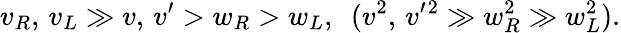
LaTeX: v_{R},\, v_{L}\gg v,\, v^{\prime}>w_{R}>w_{L},\ \ (v^{2},\, v^{\prime}{}^{2}\gg w_{R}^{2}\gg w_{L}^{2}).